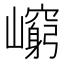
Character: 𡾈